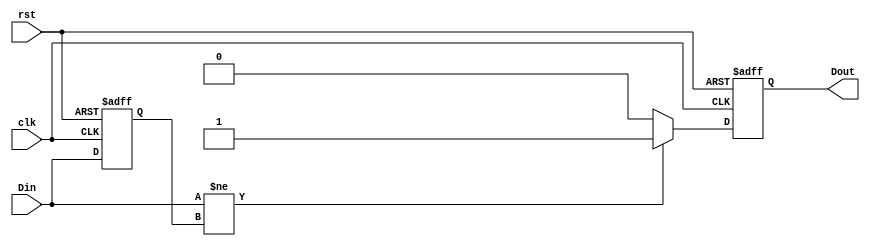
module edge_detector (
    input wire clk,          // Clock signal
    input wire rst,          // Reset signal
    input wire Din,          // Input signal to monitor
    output reg Dout          // Output signal indicating edge detection
);

    reg previous_state;      // Memory block to store the previous state of Din

    // Sequential Logic
    always @(posedge clk or posedge rst) begin
        if (rst) begin
            previous_state <= 1'b0; // Initialize memory block to known state (low)
            Dout <= 1'b0;            // Initialize output signal to low
        end else begin
            // Edge Detection Logic
            if (Din != previous_state) begin
                Dout <= 1'b1;         // Edge detected
            end else begin
                Dout <= 1'b0;         // No edge detected
            end
            
            // Update Memory
            previous_state <= Din;    // Store current input for next comparison
        end
    end

endmodule